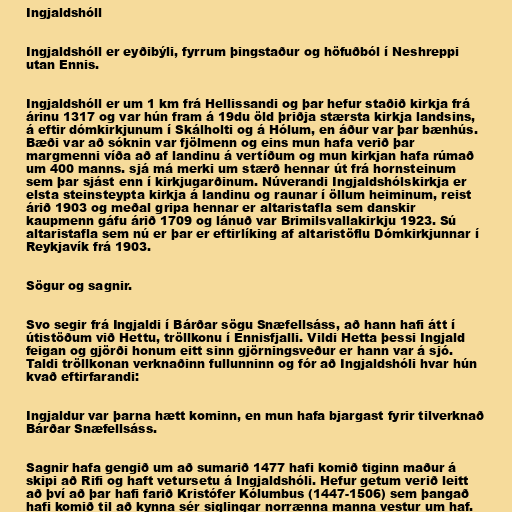
Ingjaldshóll

Ingjaldshóll er eyðibýli, fyrrum þingstaður og höfuðból í Neshreppi
utan Ennis.

Ingjaldshóll er um 1 km frá Hellissandi og þar hefur staðið kirkja frá
árinu 1317 og var hún fram á 19du öld þriðja stærsta kirkja landsins,
á eftir dómkirkjunum í Skálholti og á Hólum, en áður var þar bænhús.
Bæði var að sóknin var fjölmenn og eins mun hafa verið þar
margmenni víða að af landinu á vertíðum og mun kirkjan hafa rúmað
um 400 manns. sjá má merki um stærð hennar út frá hornsteinum
sem þar sjást enn í kirkjugarðinum. Núverandi Ingjaldshólskirkja er
elsta steinsteypta kirkja á landinu og raunar í öllum heiminum, reist
árið 1903 og meðal gripa hennar er altaristafla sem danskir
kaupmenn gáfu árið 1709 og lánuð var Brimilsvallakirkju 1923. Sú
altaristafla sem nú er þar er eftirlíking af altaristöflu Dómkirkjunnar í
Reykjavík frá 1903.

Sögur og sagnir.

Svo segir frá Ingjaldi í Bárðar sögu Snæfellsáss, að hann hafi átt í
útistöðum við Hettu, tröllkonu í Ennisfjalli. Vildi Hetta þessi Ingjald
feigan og gjörði honum eitt sinn gjörningsveður er hann var á sjó.
Taldi tröllkonan verknaðinn fullunninn og fór að Ingjaldshóli hvar hún
kvað eftirfarandi:

Ingjaldur var þarna hætt kominn, en mun hafa bjargast fyrir tilverknað
Bárðar Snæfellsáss.

Sagnir hafa gengið um að sumarið 1477 hafi komið tiginn maður á
skipi að Rifi og haft vetursetu á Ingjaldshóli. Hefur getum verið leitt
að því að þar hafi farið Kristófer Kólumbus (1447-1506) sem þangað
hafi komið til að kynna sér siglingar norrænna manna vestur um haf.